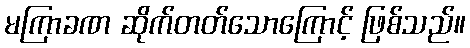
မကြာခဏ ဆိုက်တတ်သောကြောင့် ဖြစ်သည်။